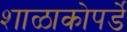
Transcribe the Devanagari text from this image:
शाळाकोपर्डे